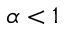
\alpha < 1